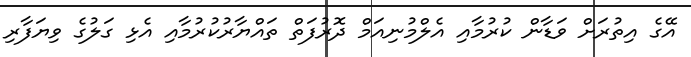
އޭގެ އިތުރަށް ވަޑާން ކުރުމާއި އެލްމުނިއަމް ދޮރުފަތް ތައްޔާރުކުރުމާއި އެޅި ގަލުގެ ވިޔަފާރި